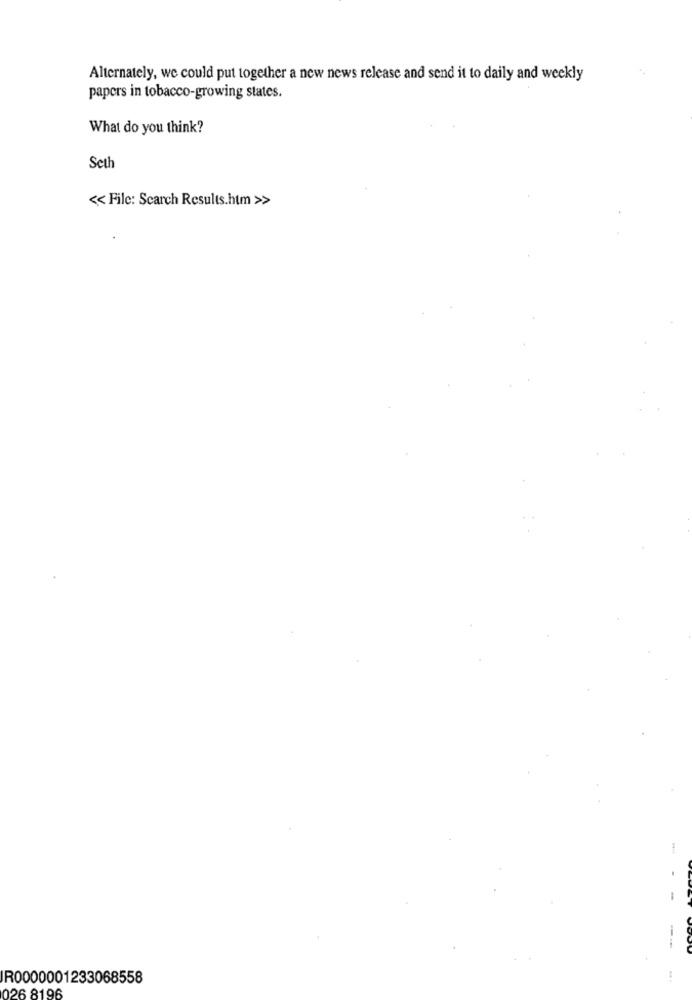
Alternately, we could put together a new news release and send it to daily and weekly
papers in tobacco-growing states.
What do you think?
Seth
<< File: Search Results.htm >>
-
---
IR0000001233068558
026 8196